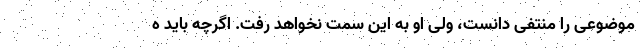
موضوعی را منتفی دانست، ولی او به این سمت نخواهد رفت. اگرچه باید ه